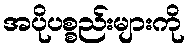
အပိုပစ္စည်းများကို